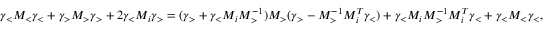
{ \gamma } _ { < } M _ { < } \gamma _ { < } + { \gamma } _ { > } M _ { > } \gamma _ { > } + 2 { \gamma } _ { < } M _ { i } \gamma _ { > } = ( { \gamma } _ { > } + { \gamma } _ { < } M _ { i } M _ { > } ^ { - 1 } ) M _ { > } ( { \gamma } _ { > } - M _ { > } ^ { - 1 } M _ { i } ^ { T } { \gamma } _ { < } ) + { \gamma } _ { < } M _ { i } M _ { > } ^ { - 1 } M _ { i } ^ { T } \gamma _ { < } + { \gamma } _ { < } M _ { < } \gamma _ { < } ,